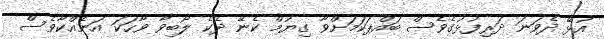
އުޅޭ ދެވަނަ ދަރިފުޅުގެވެސް ބައްޕަކަމަށްވާ ގިޔުމް ކެނޭ ދެކެ ލޯބިވާ ވާހަކަ އަނެއްކާވެސް